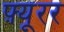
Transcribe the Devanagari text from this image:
फ़्यूरर